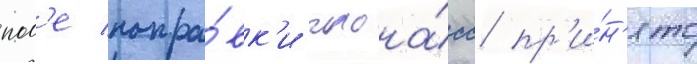
пол'е попра́вк'и глона́сс пр'и́н'ято